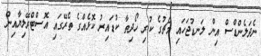
ނެދަލެންޑްސް އިން ލަނޑުޖަހައި މެޗުގެ ކުރި ހޯދިތާ ކުޑައިރު ކޮޅެއްގެ ތެރޭގައި އޮސްޓްރޭލިޔާއިން